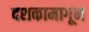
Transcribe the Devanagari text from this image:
दशकामागून